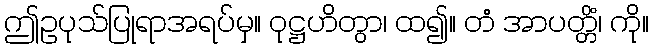
ဤဥပုသ်ပြုရာအရပ်မှ။ ဝုဋ္ဌဟိတွာ၊ ထ၍။ တံ အာပတ္တိံ၊ ကို။